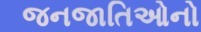
જનજાતિઓનો